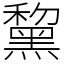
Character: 黧